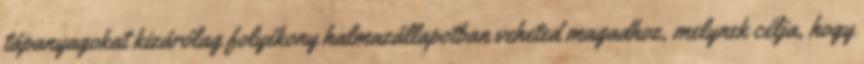
tápanyagokat kizárólag folyékony halmazállapotban veheted magadhoz, melynek célja, hogy